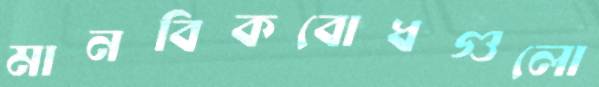
মানবিকবোধগুলো